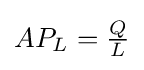
{\textstyle AP_{L}={\frac {Q}{L}}}